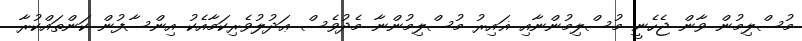
މުސްލިމުން ވާން ޖެހެނީ މުސްލިމުންނާއި ޣައިރު މުސްލިމުންނާ މެދުވެސް ޢަދުލުވެރިކަމާއެކު އިންސާފުން ކަންތައްކުރާ